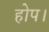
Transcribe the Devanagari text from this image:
होप।